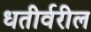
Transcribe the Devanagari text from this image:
धतीर्वरील